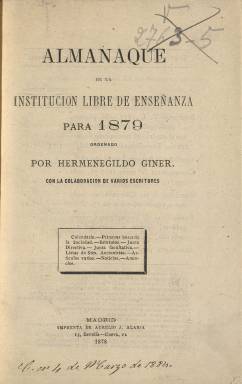
Título: Almanaque de la Institución Libre de Enseñanza
Colección: Almanaques || Educación
Ámbito geográfico: Madrid
Lugar de publicación: Madrid
Fechas: 01/01/1879-31/12/1879